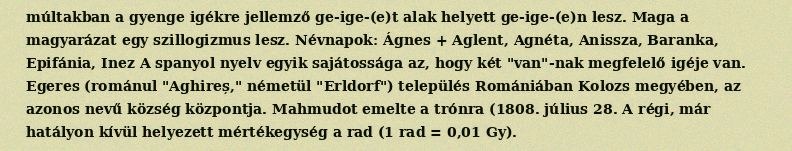
múltakban a gyenge igékre jellemző ge-ige-(e)t alak helyett ge-ige-(e)n lesz. Maga a magyarázat egy szillogizmus lesz. Névnapok: Ágnes + Aglent, Agnéta, Anissza, Baranka, Epifánia, Inez A spanyol nyelv egyik sajátossága az, hogy két "van"-nak megfelelő igéje van. Egeres (románul "Aghireș," németül "Erldorf") település Romániában Kolozs megyében, az azonos nevű község központja. Mahmudot emelte a trónra (1808. július 28. A régi, már hatályon kívül helyezett mértékegység a rad (1 rad = 0,01 Gy).